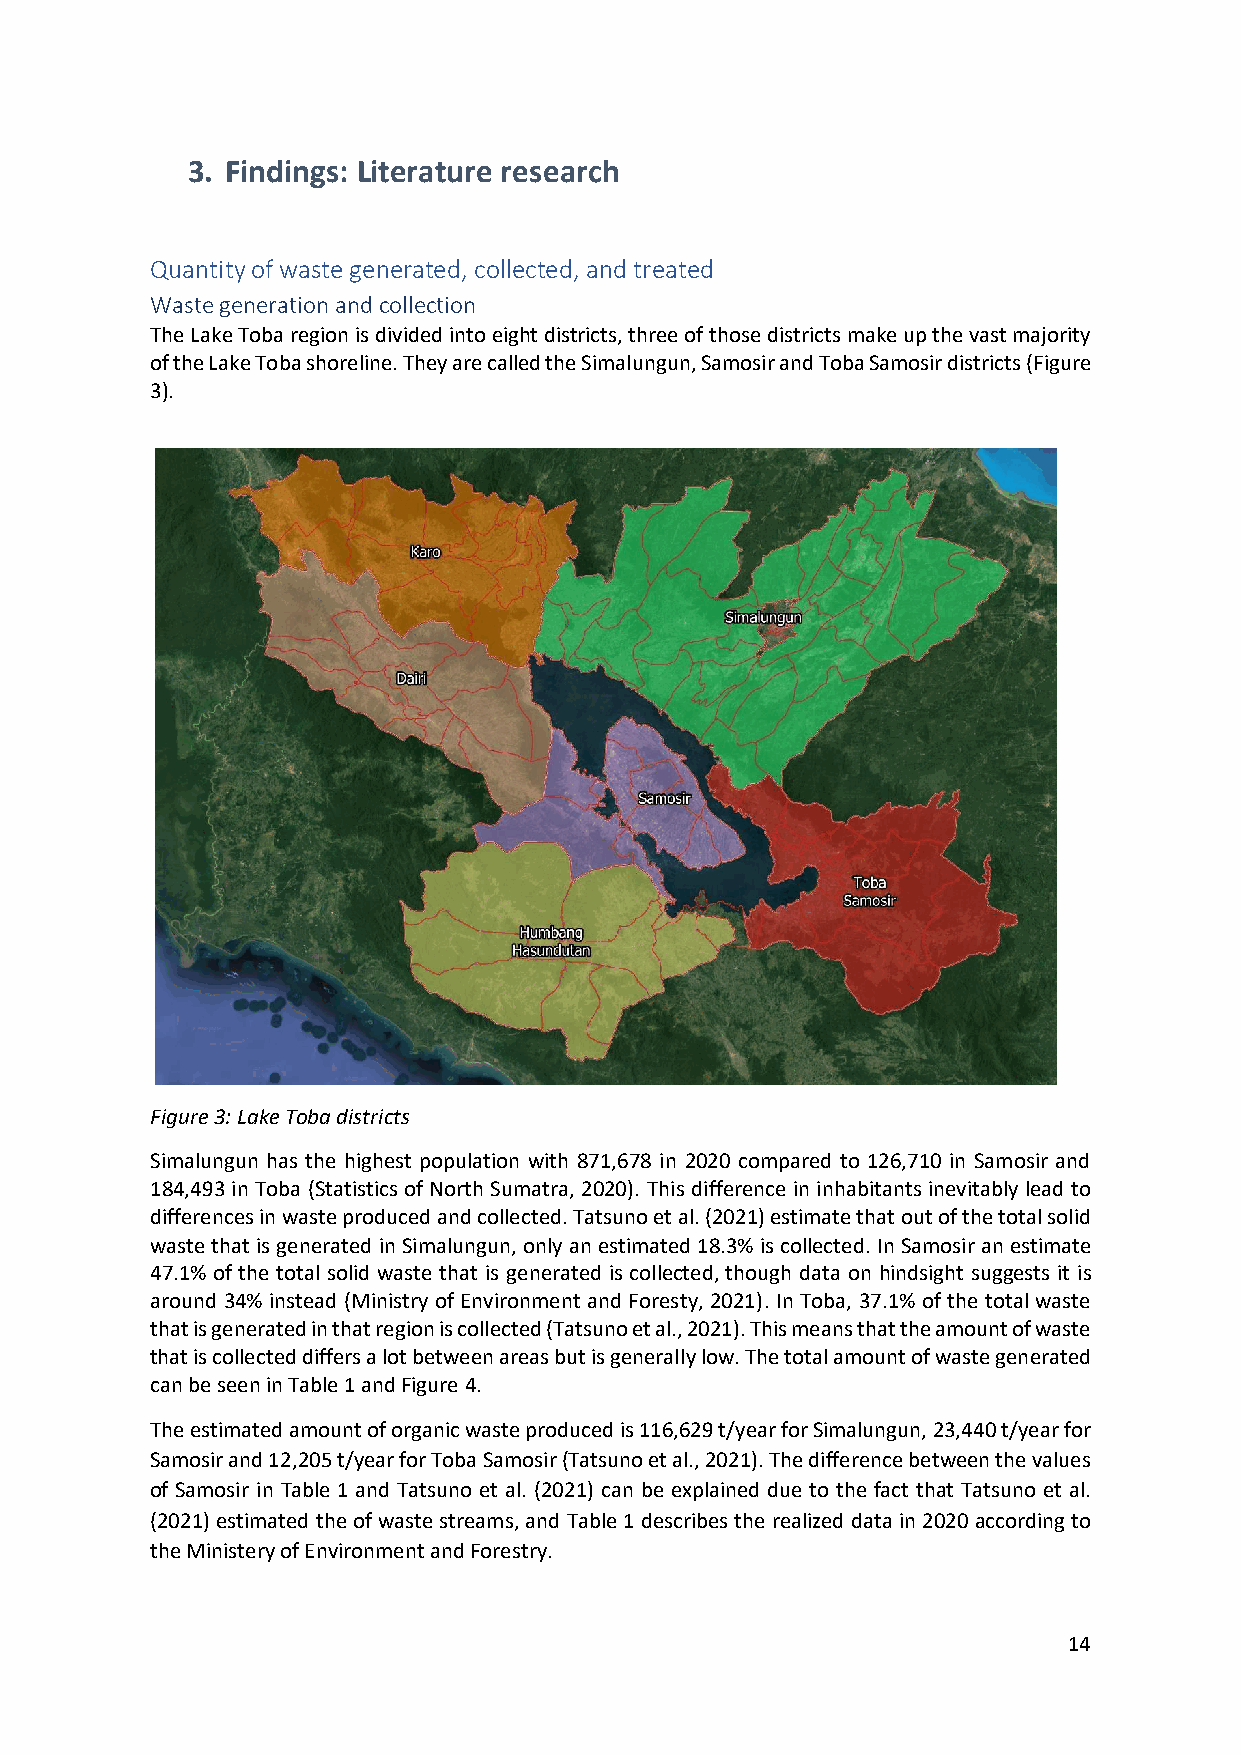
3. Findings: Literature research
 Quantity of waste generated, collected, and treated
 Waste generation and collection
 The Lake Toba region is divided into eight districts, three of those districts make up the vast majority
 of the Lake Toba shoreline. They are called the Simalungun, Samosir and Toba Samosir districts (Figure
 3).
 Figure 3: Lake Toba districts
 Simalungun has the highest population with 871,678 in 2020 compared to 126,710 in Samosir and
 184,493 in Toba (Statistics of North Sumatra, 2020). This difference in inhabitants inevitably lead to
 differences in waste produced and collected. Tatsuno et al. (2021) estimate that out of the total solid
 waste that is generated in Simalungun, only an estimated 18.3% is collected. In Samosir an estimate
 47.1% of the total solid waste that is generated is collected, though data on hindsight suggests it is
 around 34% instead (Ministry of Environment and Foresty, 2021). In Toba, 37.1% of the total waste
 that is generated in that region is collected (Tatsuno et al., 2021). This means that the amount of waste
 that is collected differs a lot between areas but is generally low. The total amount of waste generated
 can be seen in Table 1 and Figure 4.
 The estimated amount of organic waste produced is 116,629 t/year for Simalungun, 23,440 t/year for
 Samosir and 12,205 t/year for Toba Samosir (Tatsuno et al., 2021). The difference between the values
 of Samosir in Table 1 and Tatsuno et al. (2021) can be explained due to the fact that Tatsuno et al.
 (2021) estimated the of waste streams, and Table 1 describes the realized data in 2020 according to
 the Ministery of Environment and Forestry.
 14